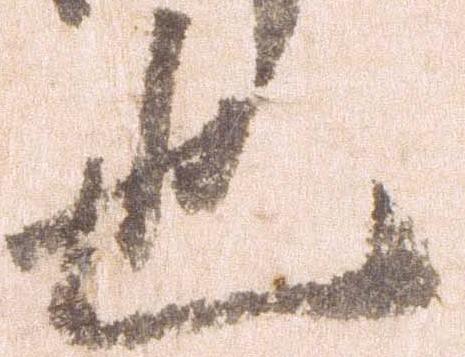
也